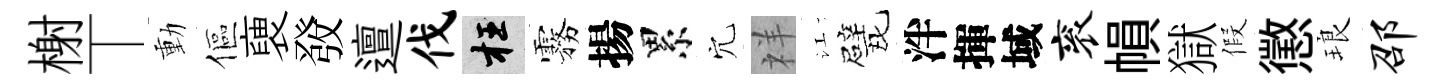
榭丅動傴褏𤼲邅伐枉霧揚累穴祥江戏泮揮域衮𢄙獄假懲琅邵